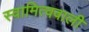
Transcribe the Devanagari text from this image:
स्वामित्ववाली